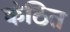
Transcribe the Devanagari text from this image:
कंठित